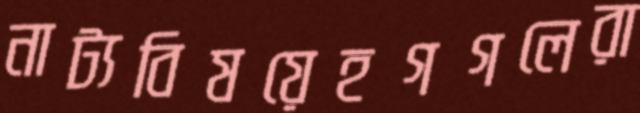
নাট্যবিষয়েহগগলেরা